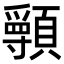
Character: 𩕖